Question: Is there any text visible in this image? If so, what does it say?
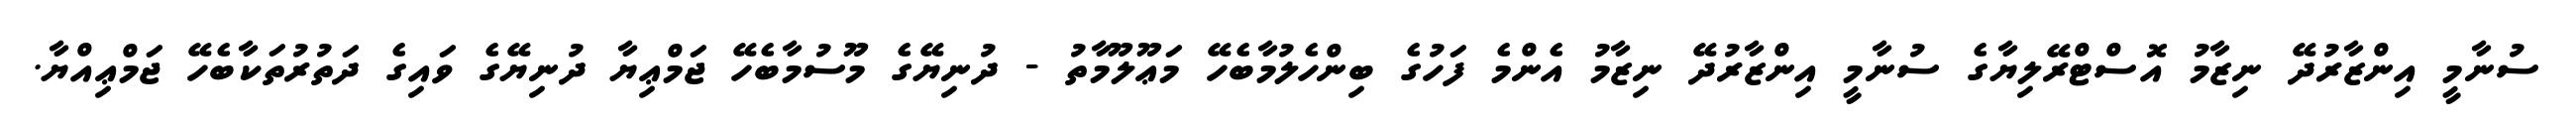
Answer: ސުނާމީ އިންޒާރުދޭ ނިޒާމު އޮސްޓްރޭލިޔާގެ ސުނާމީ އިންޒާރުދޭ ނިޒާމު އެންމެ ފަހުގެ ބިންހެލުމާބެހޭ މަޢޫލޫމާތު - ދުނިޔޭގެ މޫސުމާބެހޭ ޖަމްޢިޔާ ދުނިޔޭގެ ވައިގެ ދަތުރުތަކާބެހޭ ޖަމްޢިއްޔާ.